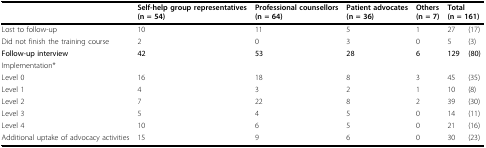
|  | Self-help group representatives(n = 54) | Professional counsellors(n = 64) | Patient advocates(n = 36) | Others(n = 7) | <COLSPAN=2> Total(n = 161) |
 | --- | --- | --- | --- | --- | --- | --- |
 | Lost to follow-up | 10 | 11 | 5 | 1 | 27 | (17) |
 | Did not finish the training course | 2 | 0 | 3 | 0 | 5 | (3) |
 | Follow-up interview | 42 | 53 | 28 | 6 | 129 | (80) |
 | Implementation* |  |  |  |  |  |  |
 | Level 0 | 16 | 18 | 8 | 3 | 45 | (35) |
 | Level 1 | 4 | 3 | 2 | 1 | 10 | (8) |
 | Level 2 | 7 | 22 | 8 | 2 | 39 | (30) |
 | Level 3 | 5 | 4 | 5 | 0 | 14 | (11) |
 | Level 4 | 10 | 6 | 5 | 0 | 21 | (16) |
 | Additional uptake of advocacy activities | 15 | 9 | 6 | 0 | 30 | (23) |